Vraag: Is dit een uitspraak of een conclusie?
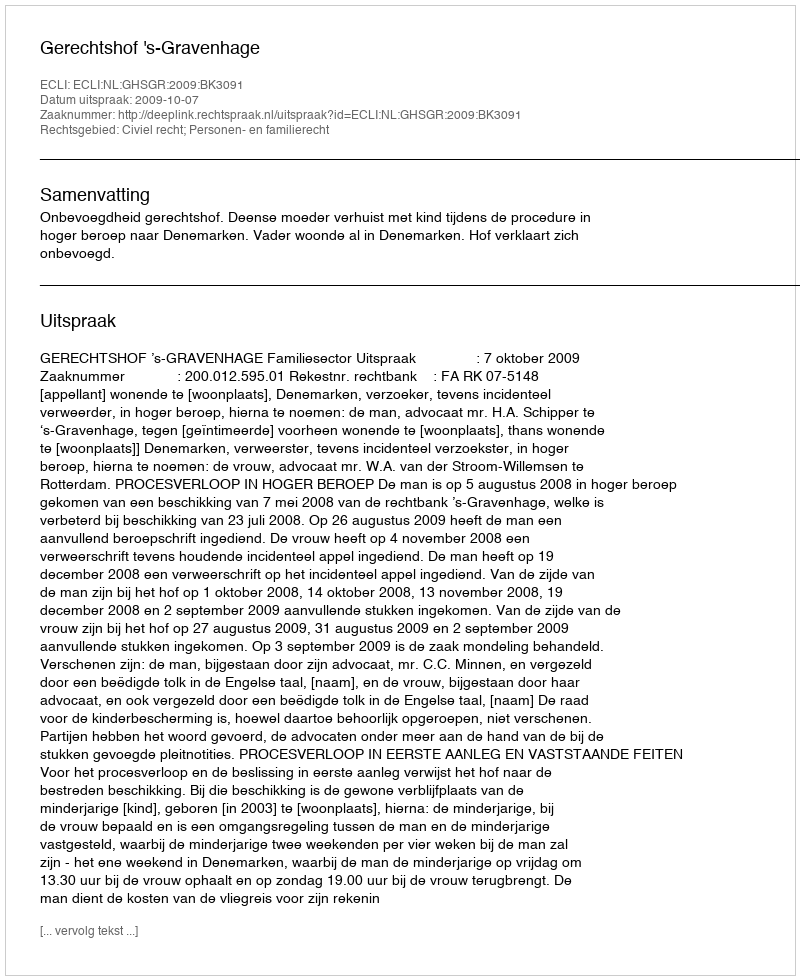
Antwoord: Uitspraak